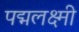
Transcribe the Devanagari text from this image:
पद्मलक्ष्मी